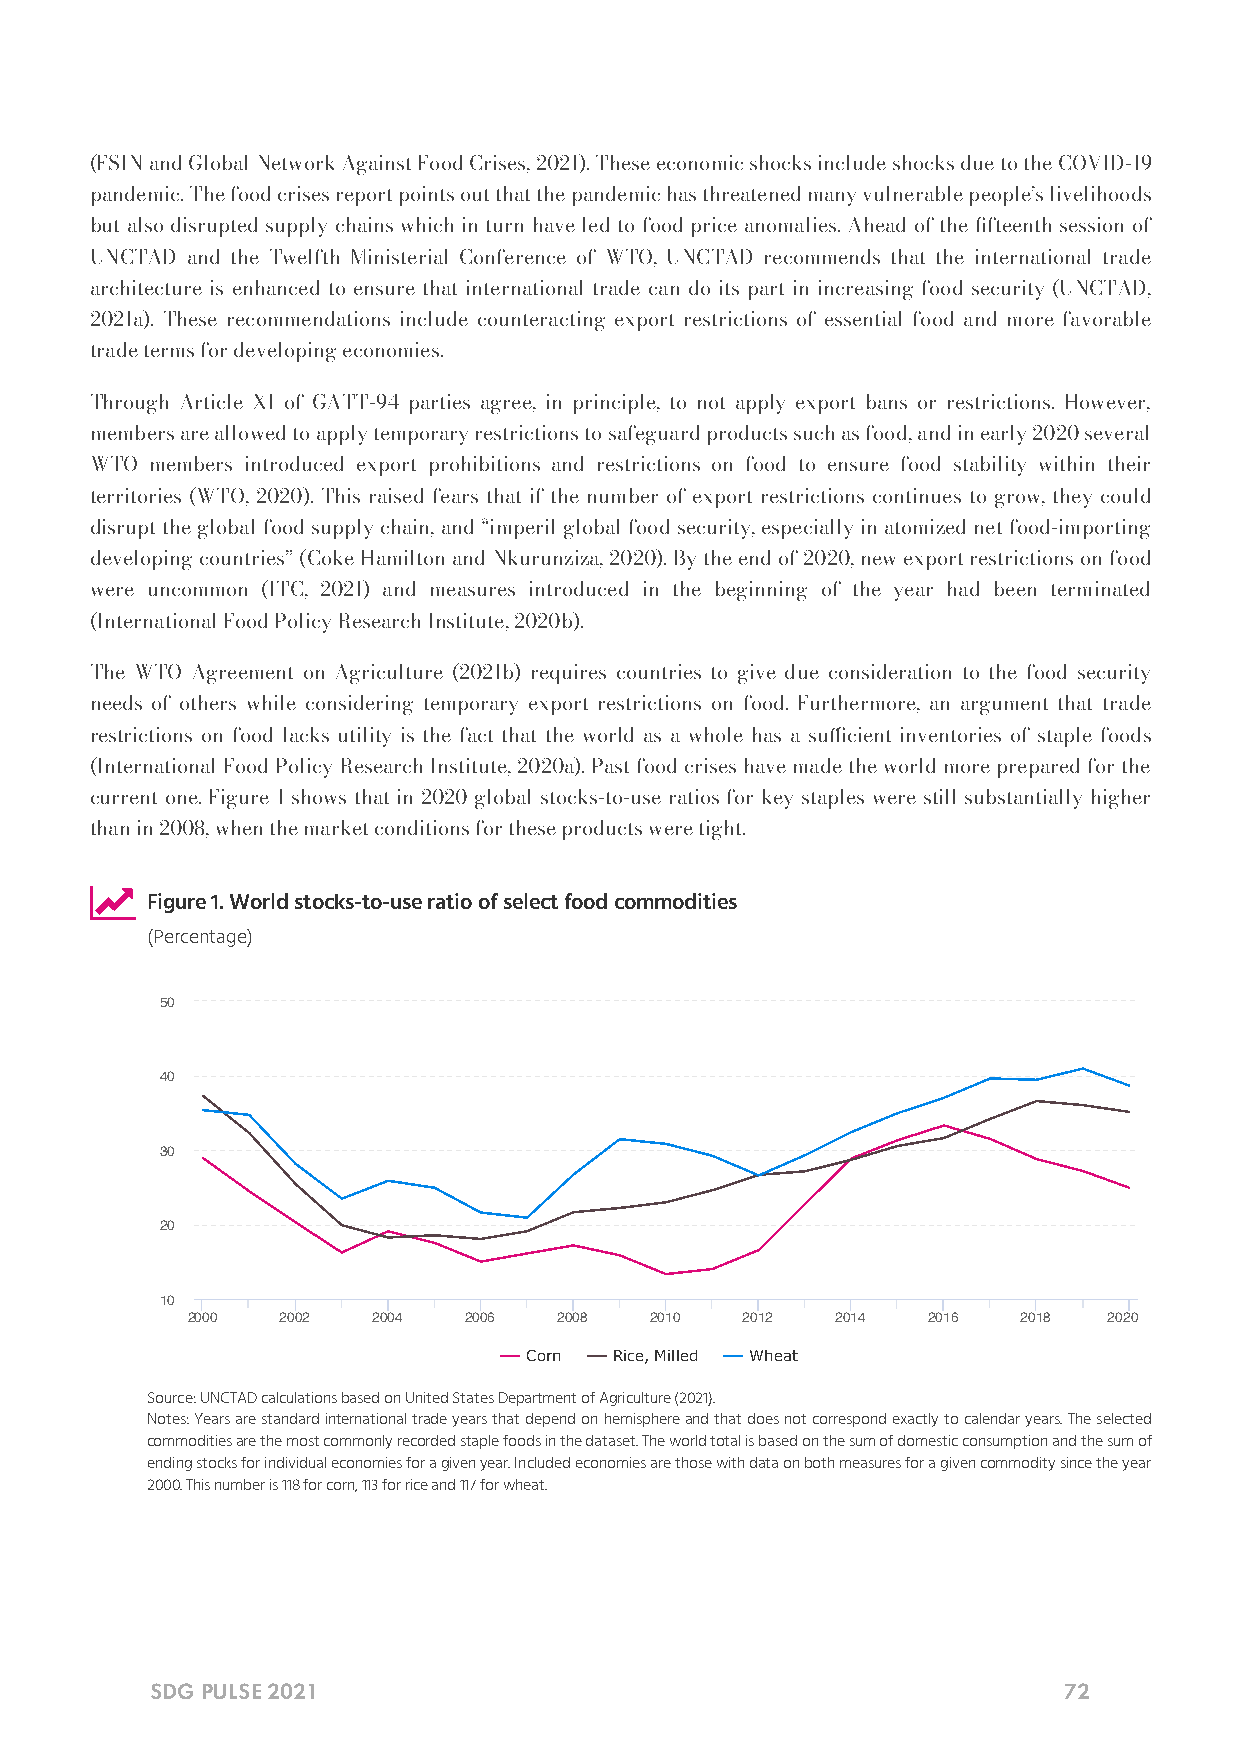
(FSIN and Global Network Against Food Crises, 2021). These economic shocks include shocks due to the COVID-19
 pandemic. The food crises report points out that the pandemic has threatened many vulnerable people’s livelihoods
 but also disrupted supply chains which in turn have led to food price anomalies. Ahead of the fteenth session of
 UNCTAD and the Twelfth Ministerial Conference of WTO, UNCTAD recommends that the international trade
 architecture is enhanced to ensure that international trade can do its part in increasing food security (UNCTAD,
 2021a). These recommendations include counteracting export restrictions of essential food and more favorable
 trade terms for developing economies.
 Through Article XI of GATT-94 parties agree, in principle, to not apply export bans or restrictions. However,
 members are allowed to apply temporary restrictions to safeguard products such as food, and in early 2020 several
 WTO members introduced export prohibitions and restrictions on food to ensure food stability within their
 territories (WTO, 2020). This raised fears that if the number of export restrictions continues to grow, they could
 disrupt the global food supply chain, and “imperil global food security, especially in atomized net food-importing
 developing countries” (Coke Hamilton and Nkurunziza, 2020). By the end of 2020, new export restrictions on food
 were uncommon (ITC, 2021) and measures introduced in the beginning of the year had been terminated
 (International Food Policy Research Institute, 2020b).
 The WTO Agreement on Agriculture (2021b) requires countries to give due consideration to the food security
 needs of others while considering temporary export restrictions on food. Furthermore, an argument that trade
 restrictions on food lacks utility is the fact that the world as a whole has a sucient inventories of staple foods
 (International Food Policy Research Institute, 2020a). Past food crises have made the world more prepared for the
 current one. Figure 1 shows that in 2020 global stocks-to-use ratios for key staples were still substantially higher
 than in 2008, when the market conditions for these products were tight.
 
 Figure 1. World stocks-to-use ratio of select food commodities
 (Percentage)
 50
 40
 30
 20
 10
 2000   2002  2004  2006  2008  2010  2012  2014  2016   2018 2020
 Corn  Rice, Milled Wheat
 Source: UNCTAD calculations based on United States Department of Agriculture (2021).
 Notes: Years are standard international trade years that depend on hemisphere and that does not correspond exactly to calendar years. The selected
 commodities are the most commonly recorded staple foods in the dataset. The world total is based on the sum of domestic consumption and the sum of
 ending stocks for individual economies for a given year. Included economies are those with data on both measures for a given commodity since the year
 2000. This number is 118 for corn, 113 for rice and 117 for wheat.
 SDG PULSE 2021                                              72